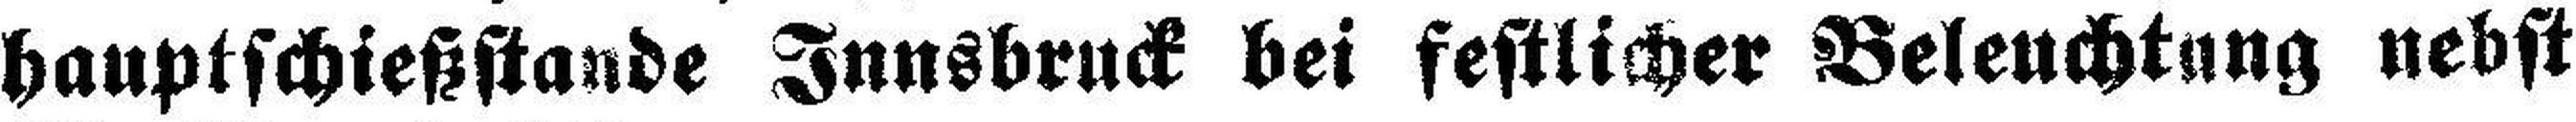
hauptschießstande Innsbruck bei festlicher Beleuchtung nebst